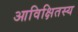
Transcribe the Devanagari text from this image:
आविक्षितस्य